Scottish Leaving Certificate Examination, 1952
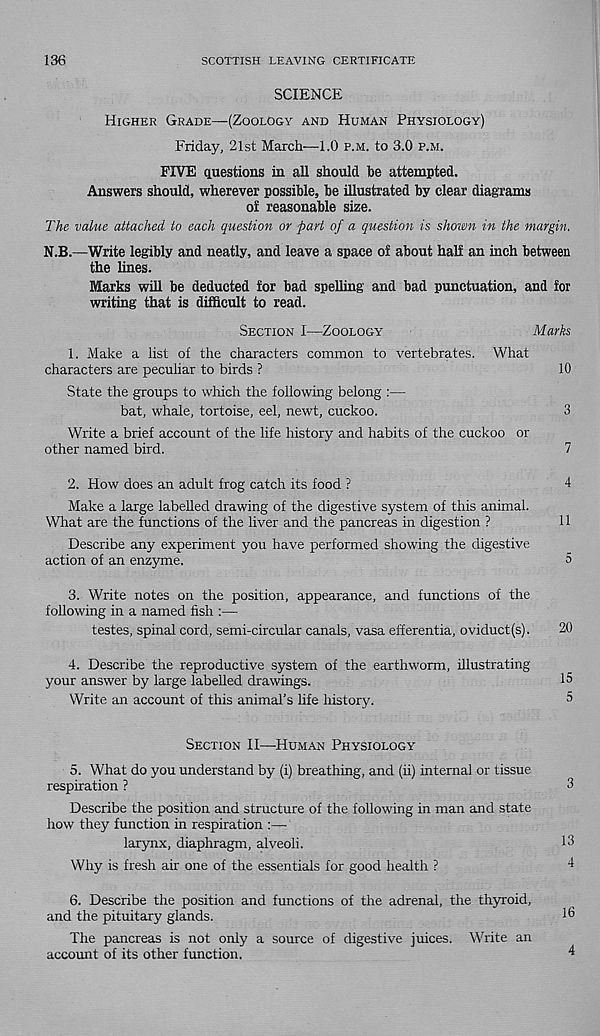
136
SCOTTISH LEAVING CERTIFICATE
SCIENCE
Higher Grade—(Zoology and Human Physiology)
Friday, 21st March—1.0 p.m. to 3.0 p.m.
FIVE questions in all should be attempted.
Answers should, wherever possible, be illustrated by clear diagrams
o! reasonable size.
The value attached to each question or part of a question is shown in the margin.
N.B.—Write legibly and neatly, and leave a space of about half an inch between
the lines.
Marks will be deducted for bad spelling and bad punctuation, and for
writing that is difficult to read.
Section I—Zoology
Marks
1. Make a list of the characters common to vertebrates. What
characters are peculiar to birds ?
10
State the groups to which the following belong :—
bat, whale, tortoise, eel, newt, cuckoo.
3
Write a brief account of the life history and habits of the cuckoo or
other named bird.
7
2. How does an adult frog catch its food ?
4
Make a large labelled drawing of the digestive system of this animal.
What are the functions of the liver and the pancreas in digestion ?
11
Describe any experiment you have performed showing the digestive
action of an enzyme.
5
3. Write notes on the position, appearance, and functions of the
following in a named fish :—
testes, spinal cord, semi-circular canals, vasa efferentia, oviduct(s).
20
4. Describe the reproductive system of the earthworm, illustrating
your answer by large labelled drawings.
15
Write an account of this animal’s life history.
5
Section II—Human Physiology
5. What do you understand by (i) breathing, and (ii) internal or tissue
respiration ?
3
Describe the position and structure of the following in man and state
how they function in respiration :—
larynx, diaphragm, alveoli.
13
Why is fresh air one of the essentials for good health ?
4
6. Describe the position and functions of the adrenal, the thyroid,
and the pituitary glands.
15
The pancreas is not only a source of digestive juices. Write an
accomit of its other function.
4